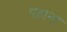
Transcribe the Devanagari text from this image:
पहाना